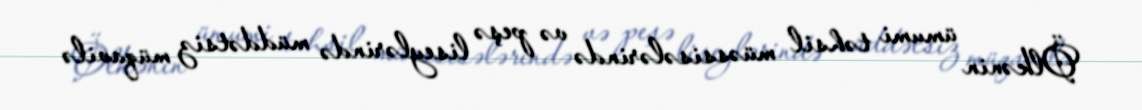
Ölkənin ümumi təhsil müəssisələrində və peşə liseylərində müddətsiz müqavilə